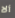
ألا